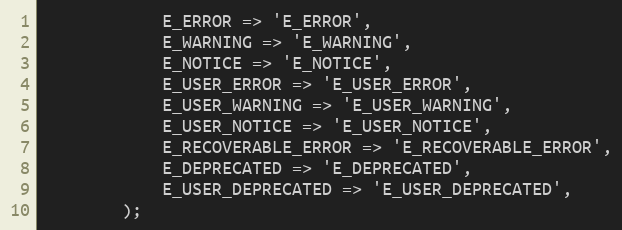
Language: PHP
            E_ERROR => 'E_ERROR',
            E_WARNING => 'E_WARNING',
            E_NOTICE => 'E_NOTICE',
            E_USER_ERROR => 'E_USER_ERROR',
            E_USER_WARNING => 'E_USER_WARNING',
            E_USER_NOTICE => 'E_USER_NOTICE',
            E_RECOVERABLE_ERROR => 'E_RECOVERABLE_ERROR',
            E_DEPRECATED => 'E_DEPRECATED',
            E_USER_DEPRECATED => 'E_USER_DEPRECATED',
        );